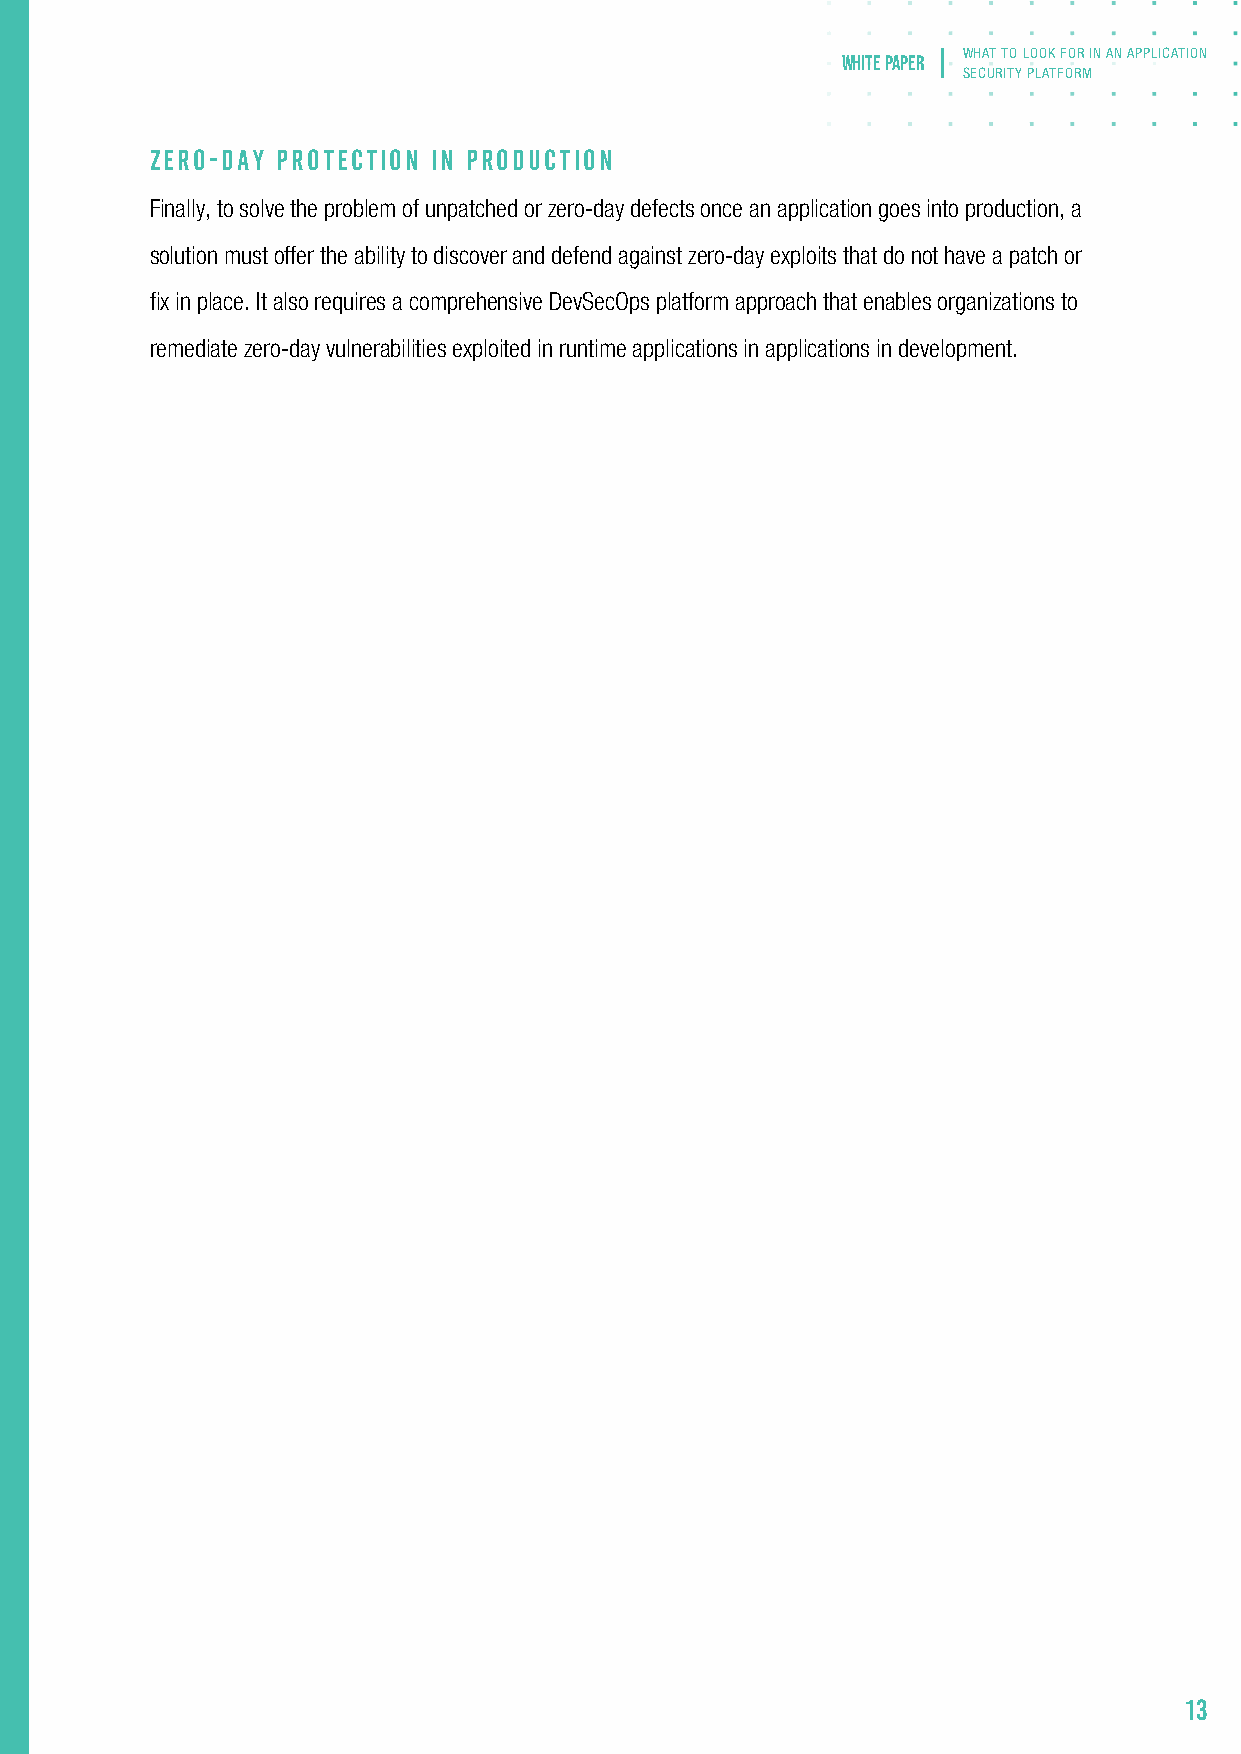
WHAT TO LOOK FOR IN AN APPLICATION
 white paper
 SECURITY PLATFORM
 ZERO-DAY PROTECTION IN PRODUCTION
 Finally, to solve the problem of unpatched or zero-day defects once an application goes into production, a
 solution must offer the ability to discover and defend against zero-day exploits that do not have a patch or
 fix in place. It also requires a comprehensive DevSecOps platform approach that enables organizations to
 remediate zero-day vulnerabilities exploited in runtime applications in applications in development.
 The Contrast Application Security Platform continuously identifies application vulnerabilities in both custom
 and open-source code—from development through release to production. Here, the Contrast Application
 Security Platform delivers the following key capabilities:
 SINGLE PLATFORM
 The Contrast platform offers vulnerability testing in development as well as protection against attacks in
 production through the same embedded security agent. It can therefore present a full-stack view of
 application risk posture. With a single integration point, the Contrast platform delivers true DevSecOps
 with SCA, application security testing, and exploit prevention capabilities using instrumentation across the
 entire SDLC.
 DEVSECOPS CONTROL CENTER
 The Contrast platform provides comprehensive visibility and control of software risk at every level—from a
 single application or microservice up to the team, business unit, or even enterprisewide levels. This
 advantage manifests itself as two key capabilities:
 •    Assurance and Policy Orchestration. The Contrast platform offers a view of an application's
 risk score associated with open-source and custom code, as well as attacks. This full life-cycle
 13
 view of risk allows for enterprisewide reporting, assurance, and benchmarking of application
 security risk posture. This capability also enables security teams to enforce consistent,
 cross-SDLC software security policies across the enterprise, on a business unit, on a specific
 team, or across a portfolio of applications.
 • Runtime Informed Risk Posture. This capability affords more accurate and effective
 vulnerability fixes, without correlating with other systems or requiring security expertise. For
 example, a specific rule firing in a live application in production can inform developers to prioritize
 that vulnerability in development. In addition, certain cross-phase analysis techniques can greatly
 improve the fidelity of results (compared to stand-alone tools). The Contrast platform's static
 analysis techniques can identify security controls and rule out exploitable flows to strengthen the
 accuracy of code analysis results.
 ZERO-DAY DEFENSES
 In production, Contrast monitors runtime data flows to detect the exact moment an attack reaches an
 application vulnerability. Then, before a breach can occur, it instantly blocks any exploitable runtime
 events without affecting the application. This includes unknown threats, new variants, and zero-day
 attacks that often slip past perimeter defenses (e.g., WAFs), directly exposing internal application stacks
 to exploitation. Contrast’s SCA capabilities leverage data from Contrast Assess to unearth open-source
 vulnerabilities before they are disclosed to the National Vulnerability Database.32
 Contrast’s zero-day defenses support two core benefits. First, they provide "air-cover" protection against
 any vulnerability in the application until a patch is released or developers can fix the issue. Second,
 real-time observability of the application runtime allows Contrast to instantly discover and defend against
 previously unknown live exploits.